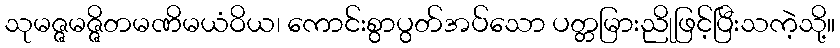
သုမဇ္ဇမဇ္ဇိတမဏိမယံဝိယ၊ ကောင်းစွာပွတ်အပ်သော ပတ္တမြားညိုဖြင့်ပြီးသကဲ့သို့။